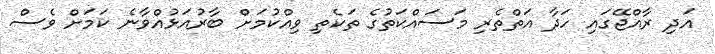
އަދި ރާއްޖޭގައި ހަދާ އަތްތެރި މަސައްކަތުގެ ތަކެތި ވިއްކުމަށް ބާރުއަޅުއްވާނެ ކަމަށް ވެސް